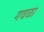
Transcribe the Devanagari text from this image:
गवळा